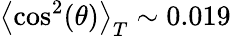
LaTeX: \left\langle\cos^{2}(\theta)\right\rangle_{T}\sim 0.019